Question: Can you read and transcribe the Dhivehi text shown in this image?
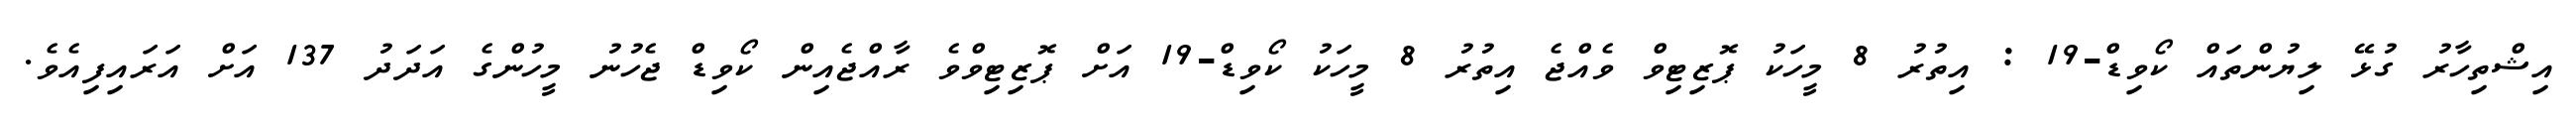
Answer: އިޝްތިހާރު ގުޅޭ ލިޔުންތައް ކޯވިޑް-19 : އިތުރު 8 މީހަކު ޕޮޒިޓިވް ވެއްޖެ އިތުރު 8 މީހަކު ކޯވިޑް-19 އަށް ޕޮޒިޓިވްވެ ރާއްޖެއިން ކޯވިޑް ޖެހުނު މީހުންގެ އަދަދު 137 އަށް އަރައިފިއެވެ.